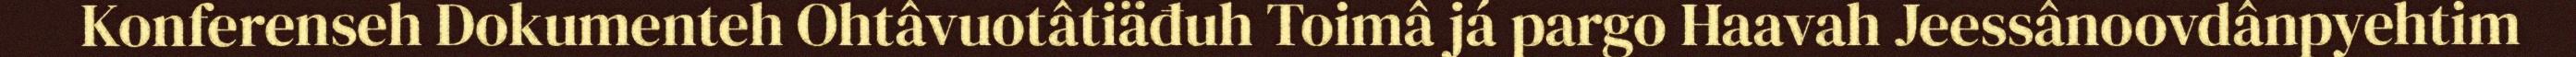
Konferenseh Dokumenteh Ohtâvuotâtiäđuh Toimâ já pargo Haavah Jeessânoovdânpyehtim